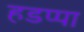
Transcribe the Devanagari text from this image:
हडप्‍पा